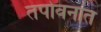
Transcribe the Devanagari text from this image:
तपोवनांत